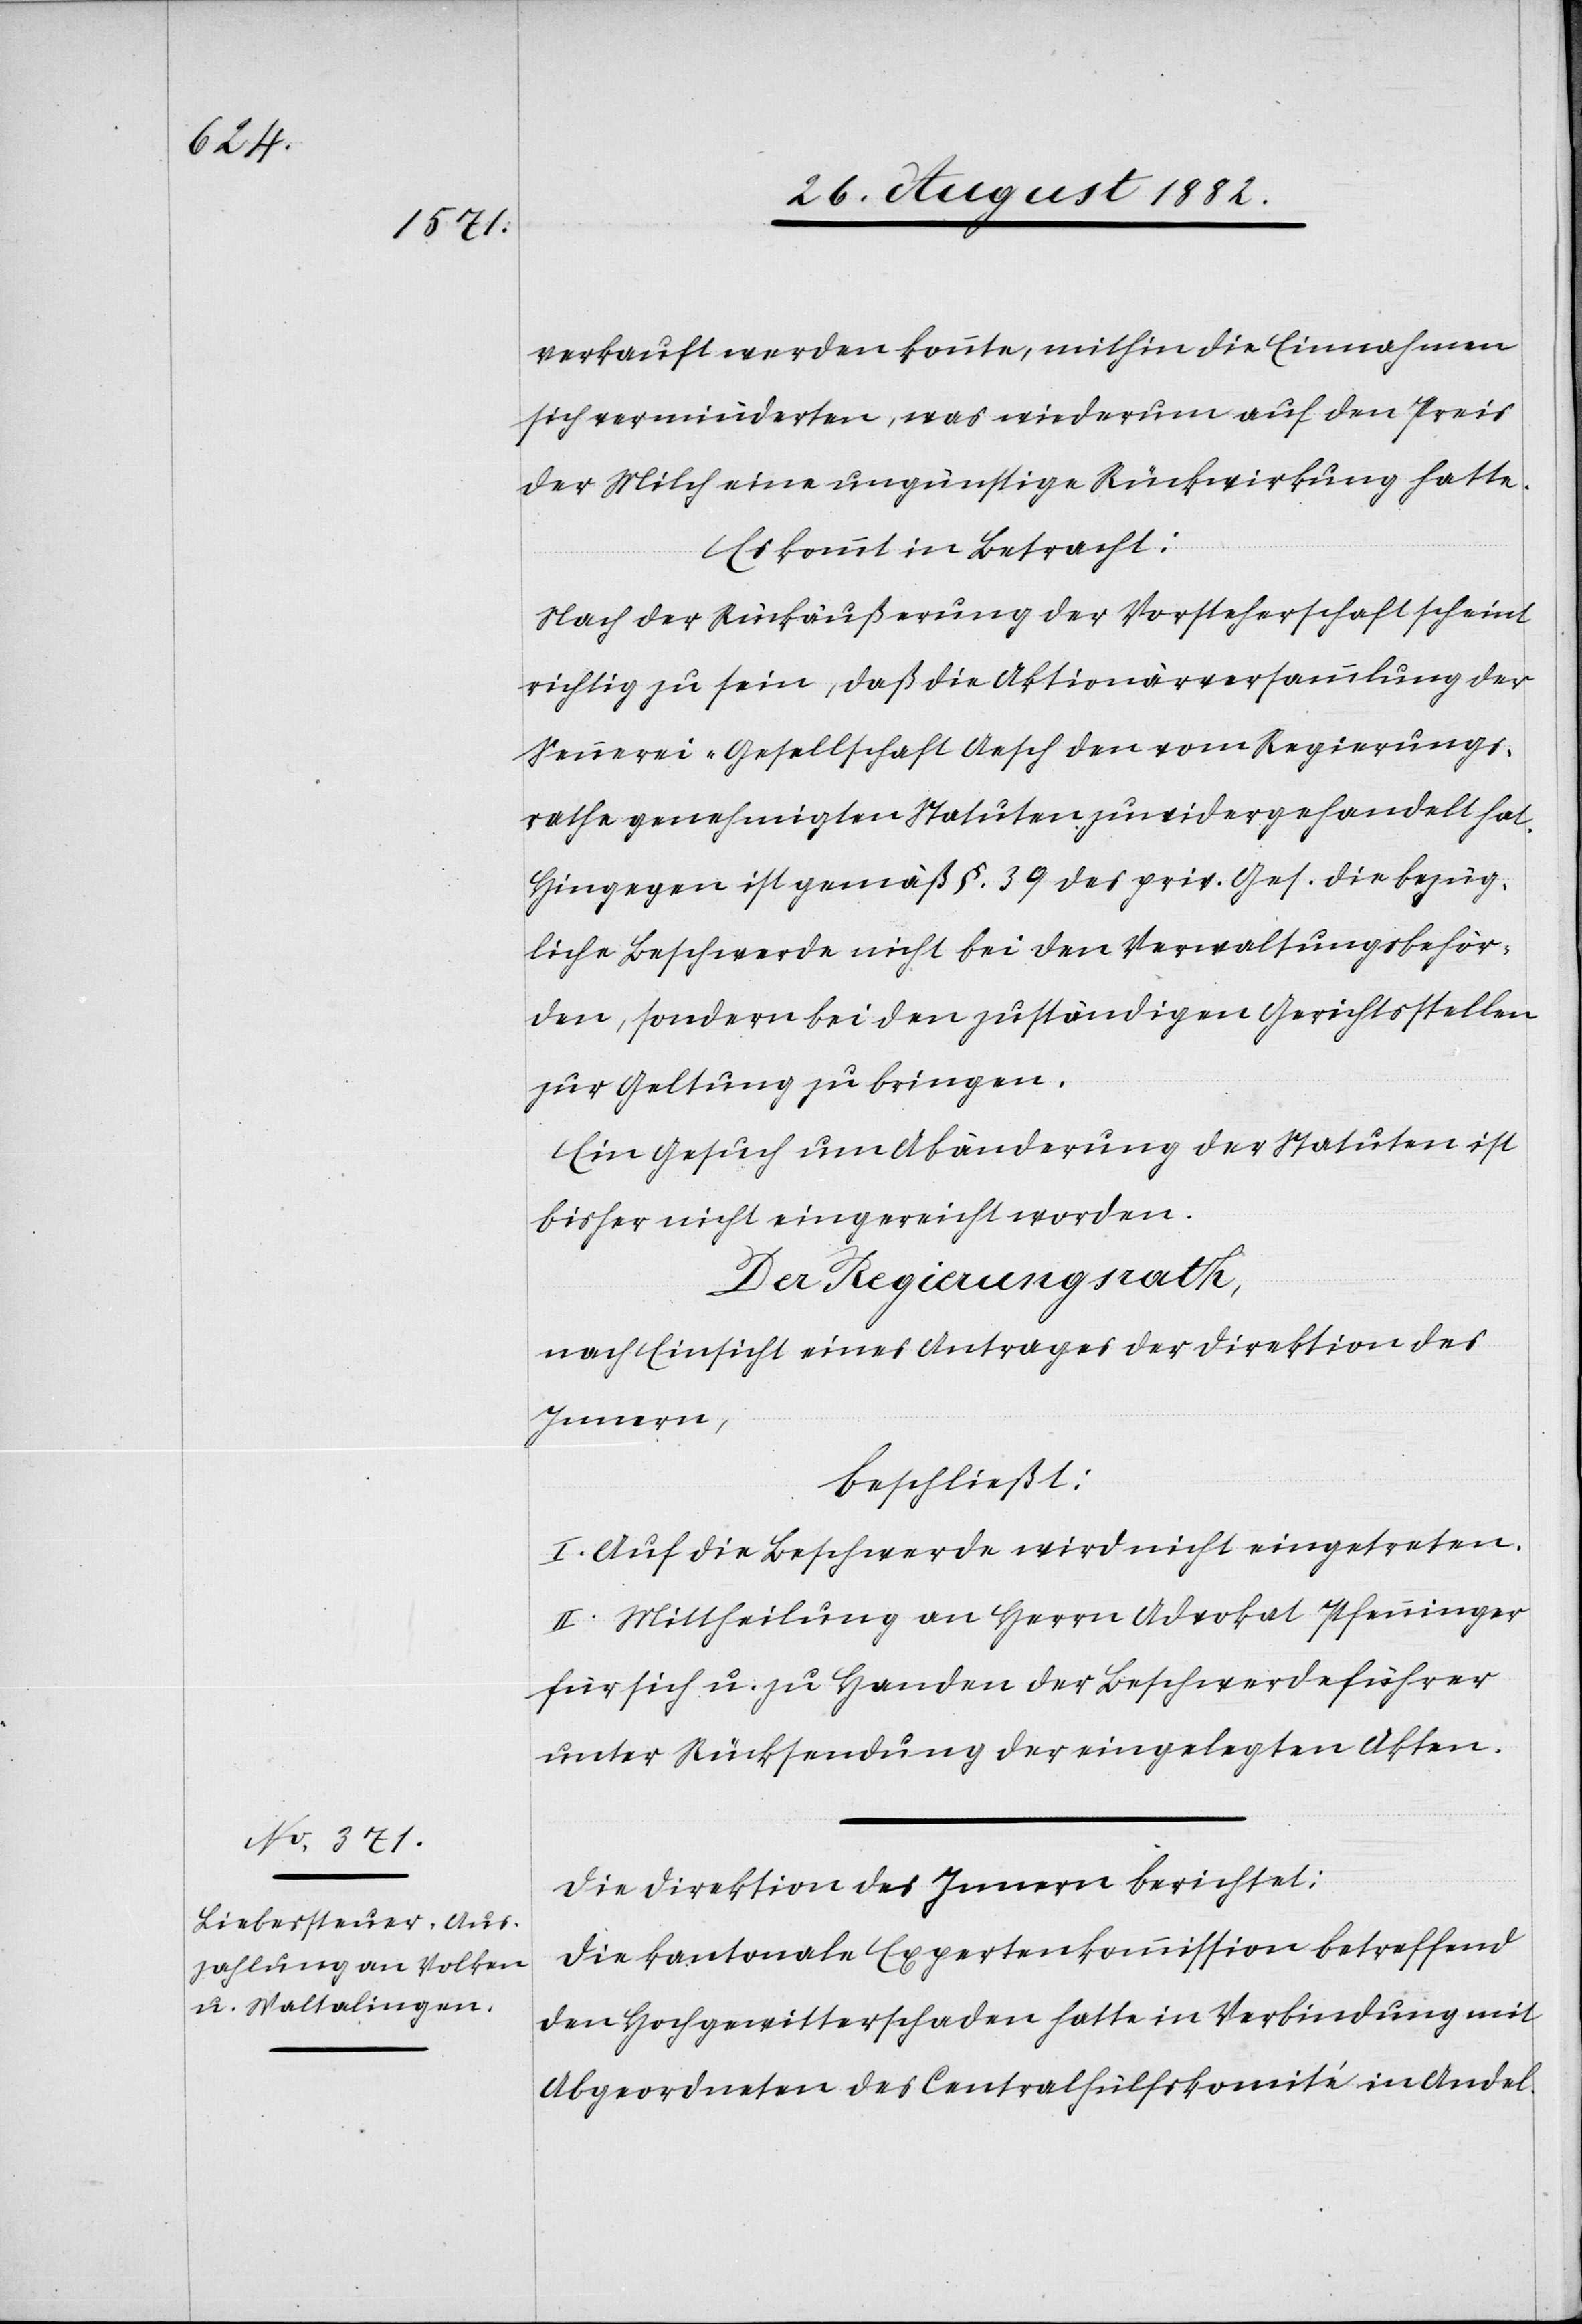
verkauft werden konnte, mithin die Einnahmen
sich verminderten, was wiederum auf den Preis
der Milch eine ungünstige Rückwirkung hatte.
Es kommt in Betracht:
Nach der Rückäußerung der Vorsteherschaft scheint
richtig zu sein, daß die Aktionärversammlung der
Sennerei-Gesellschaft Aesch den vom Regierungs¬
rathe genehmigten Statuten zuwidergehandelt hat.
Hingegen ist gemäß §. 39 des priv. Ges. die bezüg¬
liche Beschwerde nicht bei den Verwaltungsbehör¬
den, sondern bei den zuständigen Gerichtsstellen
zur Geltung zu bringen.
Ein Gesuch um Abänderung der Statuten ist
bisher nicht eingereicht worden.
Der Regierungsrath,
nach Einsicht eines Antrages der Direktion des
Innern,
beschließt:
I. Auf die Beschwerde wird nicht eingetreten.
II. Mittheilung an Herrn Advokat Pfenninger
für sich u. zu Handen der Beschwerdeführer
unter Rücksendung der eingelegten Akten.
Die Direktion des Innern berichtet:
Die kantonale Expertenkommission betreffend
den Hochgewitterschaden hatte in Verbindung mit
Abgeordneten des Centralhülfskomité in Andel-